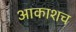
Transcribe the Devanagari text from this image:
आकाशच